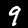
Label: 9